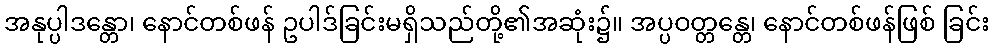
အနုပ္ပါဒန္တော၊ နောင်တစ်ဖန် ဥပါဒ်ခြင်းမရှိသည်တို့၏အဆုံး၌။ အပ္ပဝတ္တန္တေ၊ နောင်တစ်ဖန်ဖြစ် ခြင်း